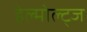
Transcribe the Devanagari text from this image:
हेल्मोल्ट्ज